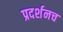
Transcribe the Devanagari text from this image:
प्रदर्शनच